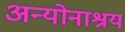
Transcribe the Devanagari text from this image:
अन्योनाश्रय